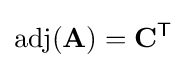
\operatorname {adj} (\mathbf {A} )=\mathbf {C} ^{\mathsf {T}}